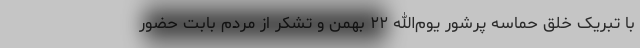
با تبریک خلق حماسه پرشور یوم‌الله ۲۲ بهمن و تشکر از مردم بابت حضور